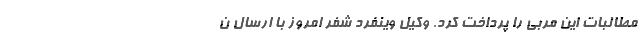
مطالبات این مربی را پرداخت کرد. وکیل وینفرد شفر امروز با ارسال‌ ن